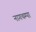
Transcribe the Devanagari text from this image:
नागचम्पा